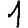
Digit: 1